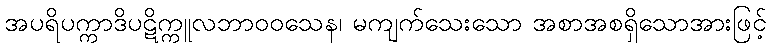
အပရိပက္ကာဒိပဋိက္ကူလဘာဝဝသေန၊ မကျက်သေးသော အစာအစရှိသောအားဖြင့်